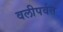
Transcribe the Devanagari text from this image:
वलीपर्वत